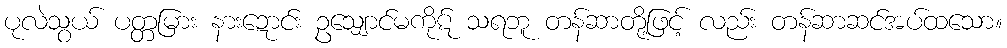
ပုလဲသွယ် ပတ္တမြား နားဍောင်း ဥသျှောင်မကိုဋ် သရဘူ တန်ဆာတို့ဖြင့် လည်း တန်ဆာဆင်အပ်ထသော။